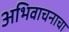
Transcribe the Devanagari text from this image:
अभिवाचनाचा